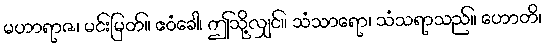
မဟာရာဇ၊ မင်းမြတ်။ ဧဝံခေါ၊ ဤသို့လျှင်။ သံသာရော၊ သံသရာသည်။ ဟောတိ၊